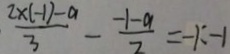
\frac { 2 x ( - 1 ) - a } { 3 } - \frac { - 1 - a } { 2 } = - 1 = - 1